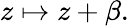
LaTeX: z\mapsto z+\beta.